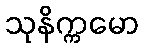
သုနိက္ကမော